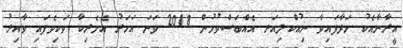
އީރާނާއެކު ހަދާފައިވާ ނިއުކްލިއަރ އެއްބަސްވުމުން 2018 ވަނަ އަހަރު އެމެރިކާ ވަކިވެފައި ވާއިރު